Ajaleht_Uus_Ilm, lk 10
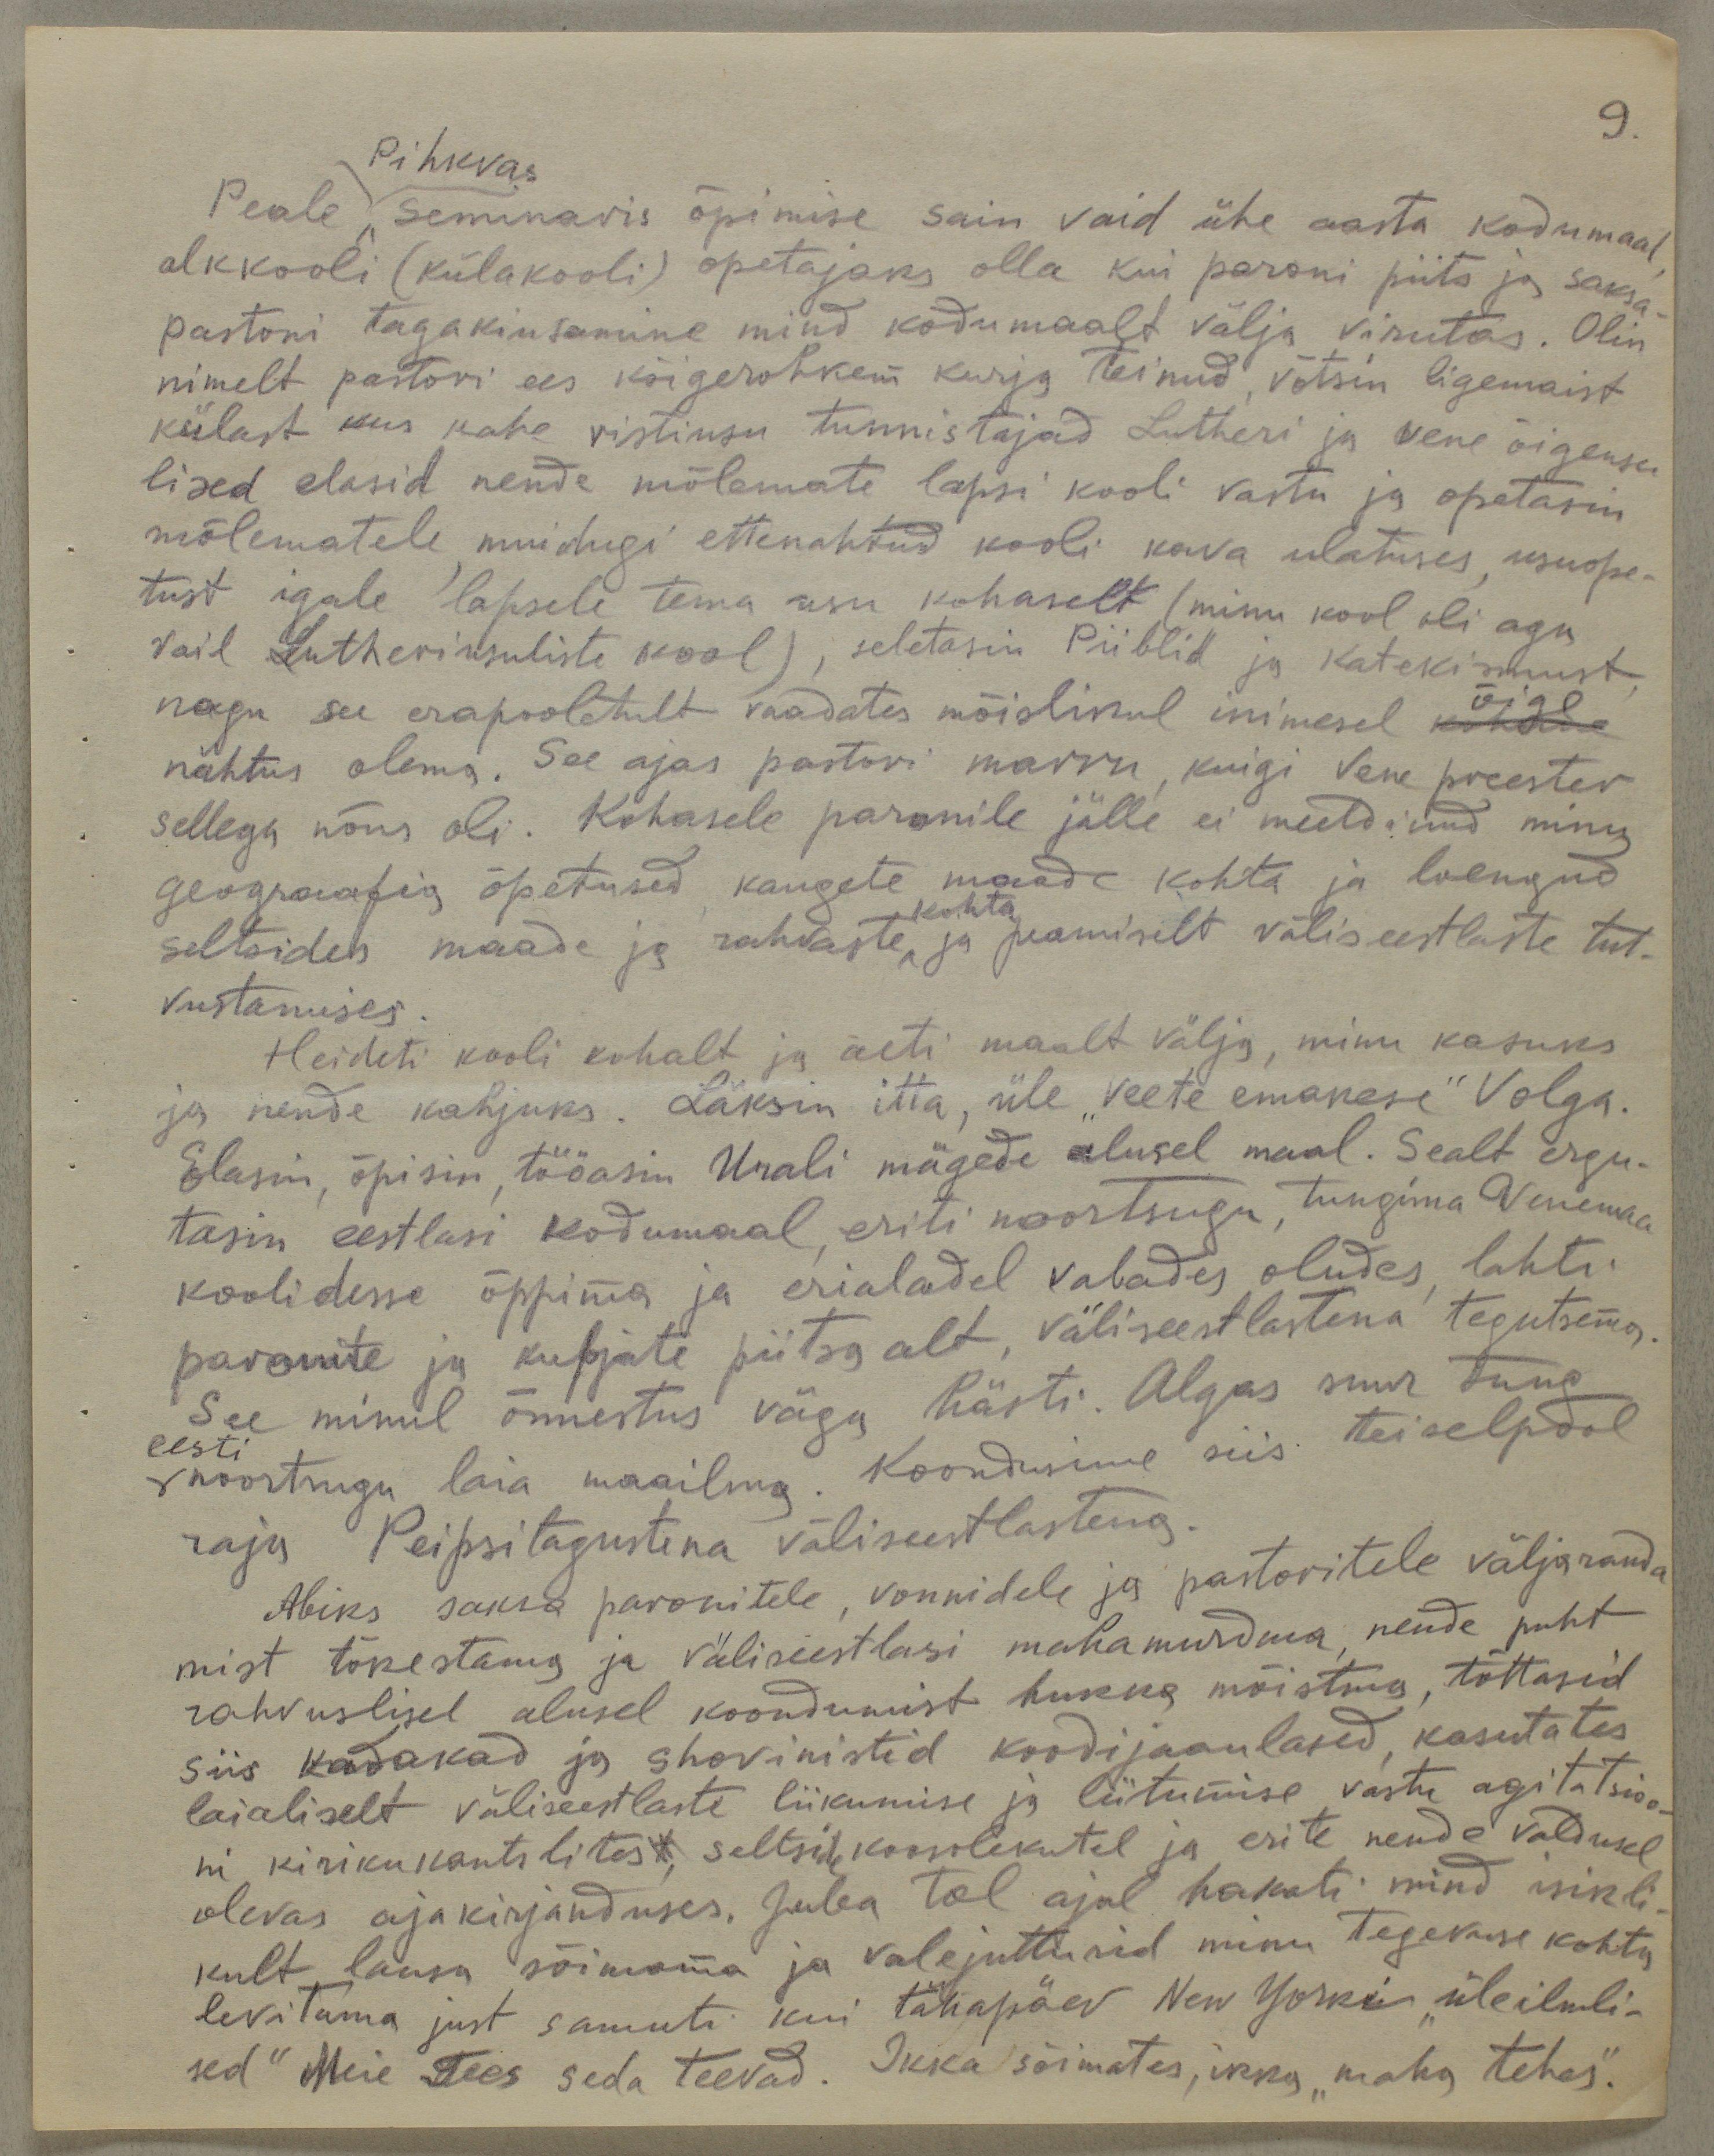
9.

Pihkvas
Peale Seminaris õpimise sain vaid ühe aasta kodumaal
alkkooli (külakooli) õpetajaks olla kui paroni piits ja saksa
pastori tagakiusamine mind kodumaalt välja virutas. Olin
nimelt pastori ees kõigerohkem kurja teinud, võtsin ligemaist
külast kus kahe ristiusu tunnistajad Lutheri ja vene õigeusu
lised elasid nende mõlemate lapsi kooli vastu ja opetasin
mõlematele muidugi ettenahtud kooli kava ulatuses, usuõpe-
tust igale lapsele tema usu kohaselt (minu kool oli aga
vaid Lutheri usuliste kool), seletasin Piiblid ja Katekismust
nagu see erapooletult vaadates mõislikul inimesel õige kõhtl-
nähtus olema. See ajas pastori marru, kuigi Vene preester
sellega nõus oli. Kohasele paronile jälle ei meeldinud minu
geograafia õpetused kaugete maade kohta ja loengud
kohta
seltsides maade ja rahvaste ja peamiselt välis eestlaste tut-
vustamises.
Heideti kooli kohalt ja aeti maalt välja, minu kasuks
ja nende kahjuks. Läksin itta, üle "Veete emakese" Volga.
Elasin, õpisin, tööasin Urali mägede alusel maal. Sealt ergu-
tasin eestlasi kodumaal eriti noortsugu, tungima Venemaa
koolidesse õppima ja erialadel vabades oludes lahti
parunite ja kupjate piitsa alt, väliseestlastena tegutsema.
See minul õnnestus väga hästi. Algas suur tung
eesti
noortsugu laia maailma. Koondusime siis teiselpool
raju Peipsitagustena väliseestlastena.
Abiks saksa paronitele, vonnidele ja pastoritele väljaranda
mist tõkestama ja väliseestlasi mahamurdma, nende puht
rahvuslisel alusel koondumist hukka mõistma, tõttasid
siis kadakad ja shovinistid koodijaanlased, kasutates
laialiselt väliseestlaste liikumise ja liitumise vastu agitatsioo
ni kiriku kantslitest, seltside koosolekutel ja erite nende valdusel
olevas ajakirjanduses. Juba tol ajal hakati mind isikli-
kult lausa sõimama ja valejuttusid minu tegevuse kohta
levitama just samuti kui tänapäev New Yorki "üleilmli-
sed" Meie Tees seda teevad. Ikka sõimates, ikka "maha tehes".